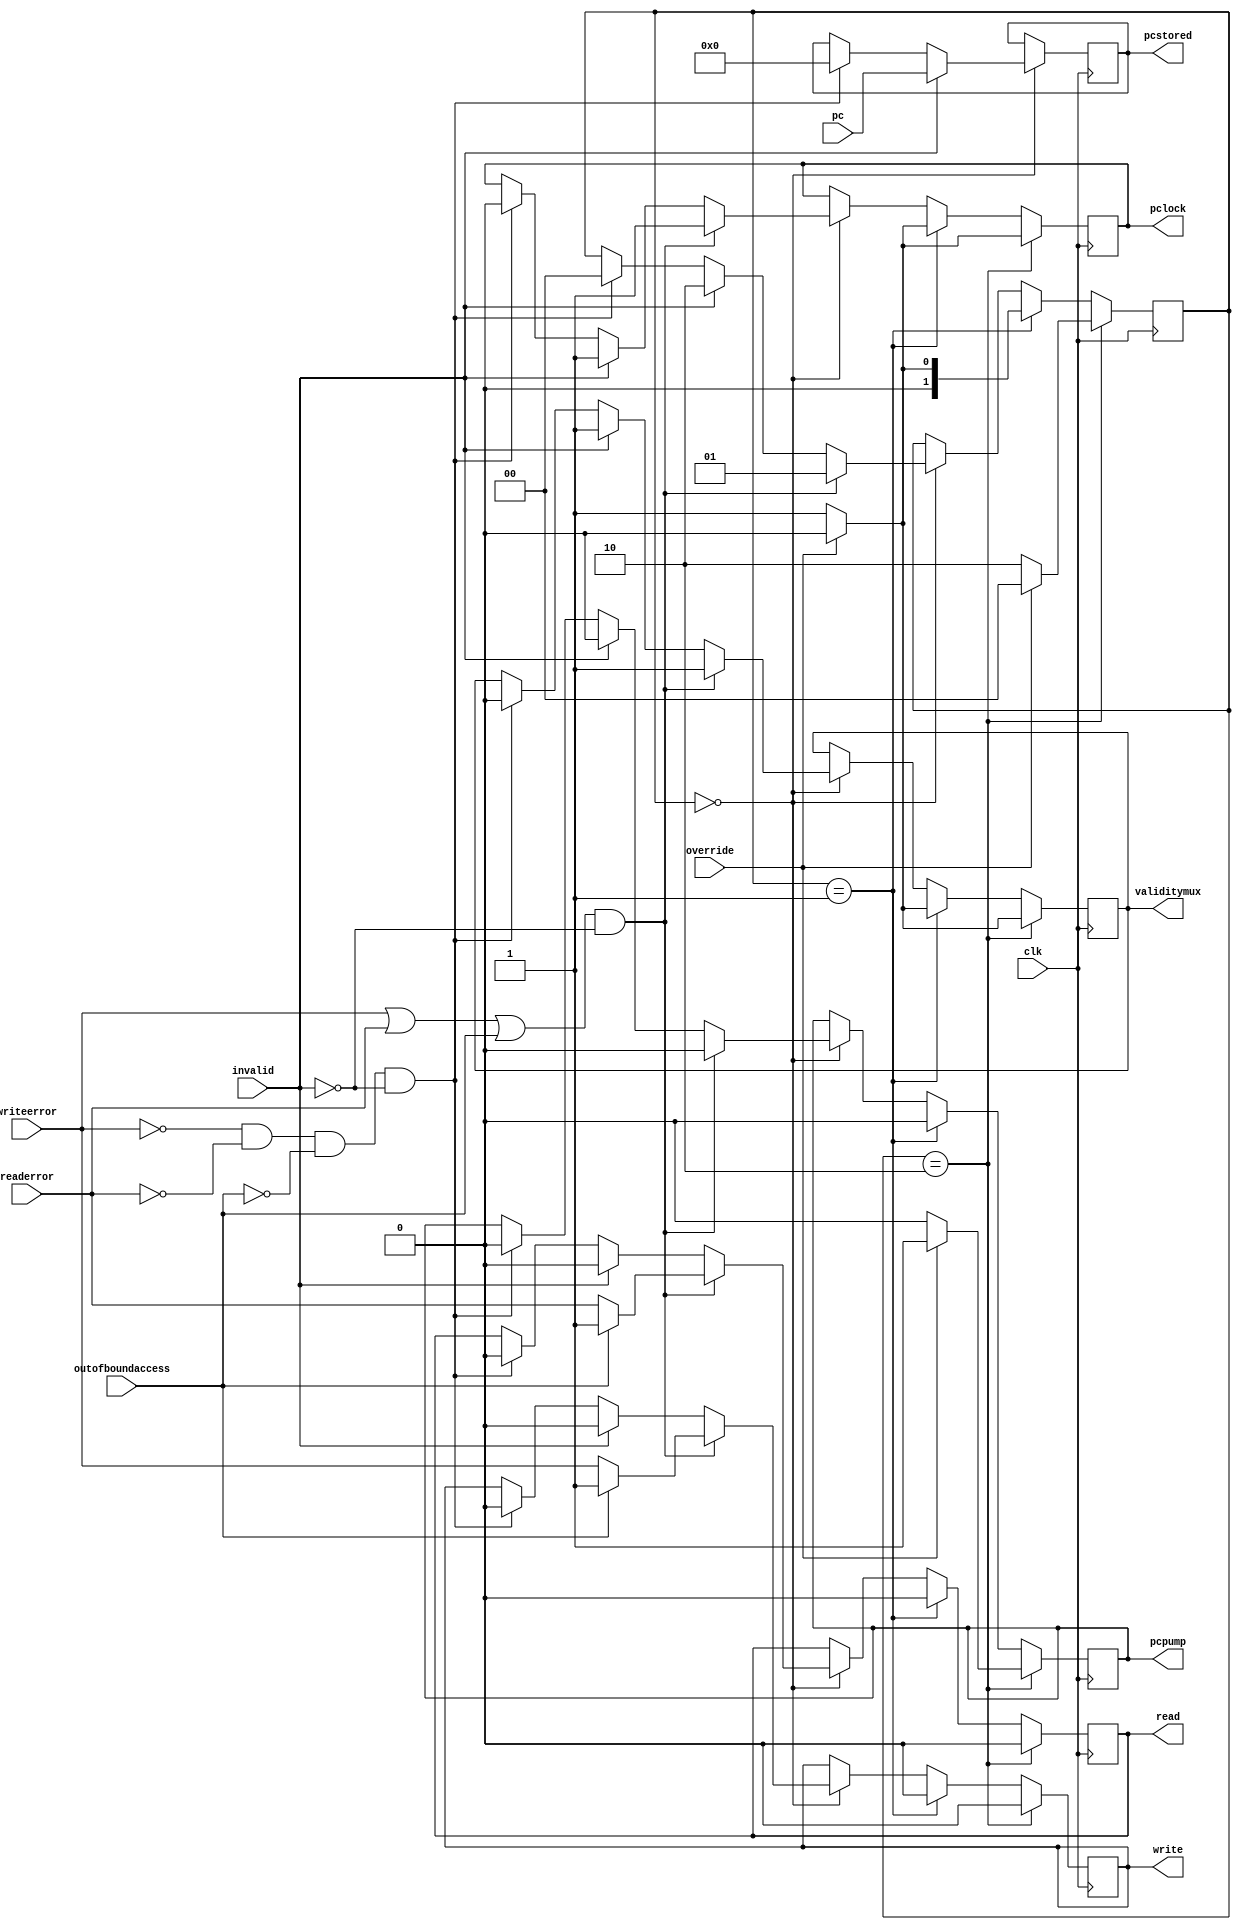
`timescale 1ns / 1ps
//////////////////////////////////////////////////////////////////////////////////
// Company: 
// Engineer: 
// 
// Design Name: 
// Module Name:    validity 
// Project Name: 
// Target Devices: 
// Tool versions: 
// Description: 
//
// Dependencies: 
//
// Revision: 
// Revision 0.01 - File Created
// Additional Comments: 
//
//////////////////////////////////////////////////////////////////////////////////
module validity(clk,readerror,writeerror,outofboundaccess,invalid,pc,pcstored,pcpump,override,read,write,pclock,
validitymux
    );
input wire readerror;
input wire clk;
input wire override;
input wire writeerror;
input wire outofboundaccess;
input wire invalid;
reg [1:0] state;
output reg validitymux;
output reg pcpump;
input wire [31:0] pc;
output reg [31:0] pcstored;
output reg read,write,pclock;
initial begin
state<=0;
validitymux<=0;
pcpump<=0;
pcstored<=0;
read<=0;
write<=0;
pclock<=0;
end

always@(negedge clk)begin
if (state==0)begin
if(writeerror==0 && readerror==0 && outofboundaccess==0 && invalid==0)begin
validitymux<=0;
pcpump<=0;
pcstored<=0;
state<=0;
pclock<=0;
read<=0;
write<=0;
end
if(invalid==1)begin
validitymux<=1;
pclock<=1;
pcpump<=0;
pcstored<=pc;
state<=2;
read<=0;
write<=0;
end
if((writeerror==1 || readerror==1 || outofboundaccess==1) && invalid==0)begin
if (outofboundaccess==0)begin
validitymux<=1;
pclock<=1;
pcpump<=0;
state<=1;
read<=readerror;
write<=writeerror;
end
if (outofboundaccess==1)begin
validitymux<=1;
pclock<=1;
pcpump<=0;
state<=1;
read<=1;
write<=1;
end
end
end
if (state==1)begin
if (override==0)begin
state<=1;
pcpump<=0;
validitymux<=1;
pclock<=1;
read<=0;
write<=0;
end
if (override==1)begin
state<=0;
pcpump<=0;
validitymux<=0;
pclock<=0;
read<=0;
write<=0;
end
end
if (state==2)begin
if (override==0)begin
state<=2;
pcpump<=0;
validitymux<=1;
pclock<=1;
read<=0;
write<=0;
end
if (override==1)begin
state<=0;
pcpump<=1;
validitymux<=0;
pclock<=0;
read<=0;
write<=0;
end
end
end

endmodule